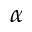
\alpha